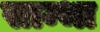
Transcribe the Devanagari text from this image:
साम्भा